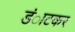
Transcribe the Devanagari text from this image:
डंाटकर